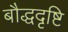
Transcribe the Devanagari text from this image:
बौद्धदृष्टि